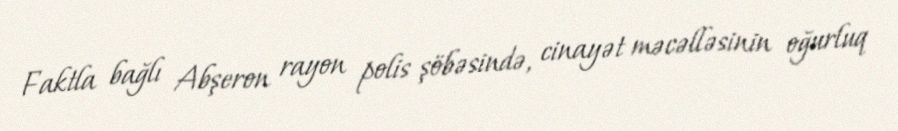
Faktla bağlı Abşeron rayon polis şöbəsində, cinayət məcəlləsinin oğurluq